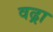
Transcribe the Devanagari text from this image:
वढ्रा